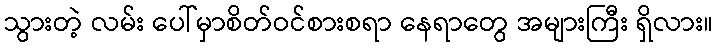
သွားတဲ့ လမ်း ပေါ်မှာစိတ်ဝင်စားစရာ နေရာတွေ အများကြီး ရှိလား။